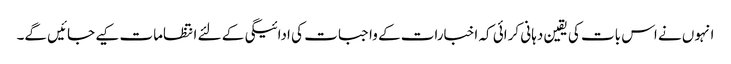
انہوں نے اس بات کی یقین دہانی کرائی کہ اخبارات کے واجبات کی ادائیگی کے لئے انتظامات کیے جائیں گے۔